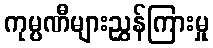
ကုမ္ပဏီများညွှန်ကြားမှု